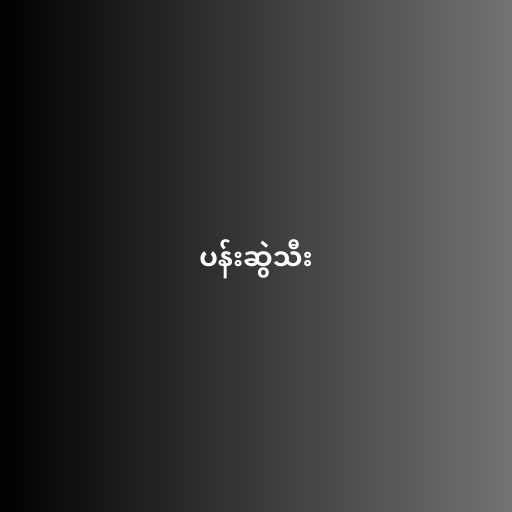
ပန်းဆွဲသီး